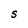
Character: S